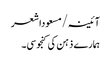
آئینہ/مسعوداشعر
ہمارے ذہن کی کنجوسی۔